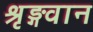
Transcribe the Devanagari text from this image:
श्रृङ्गवान